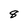
Character: 8